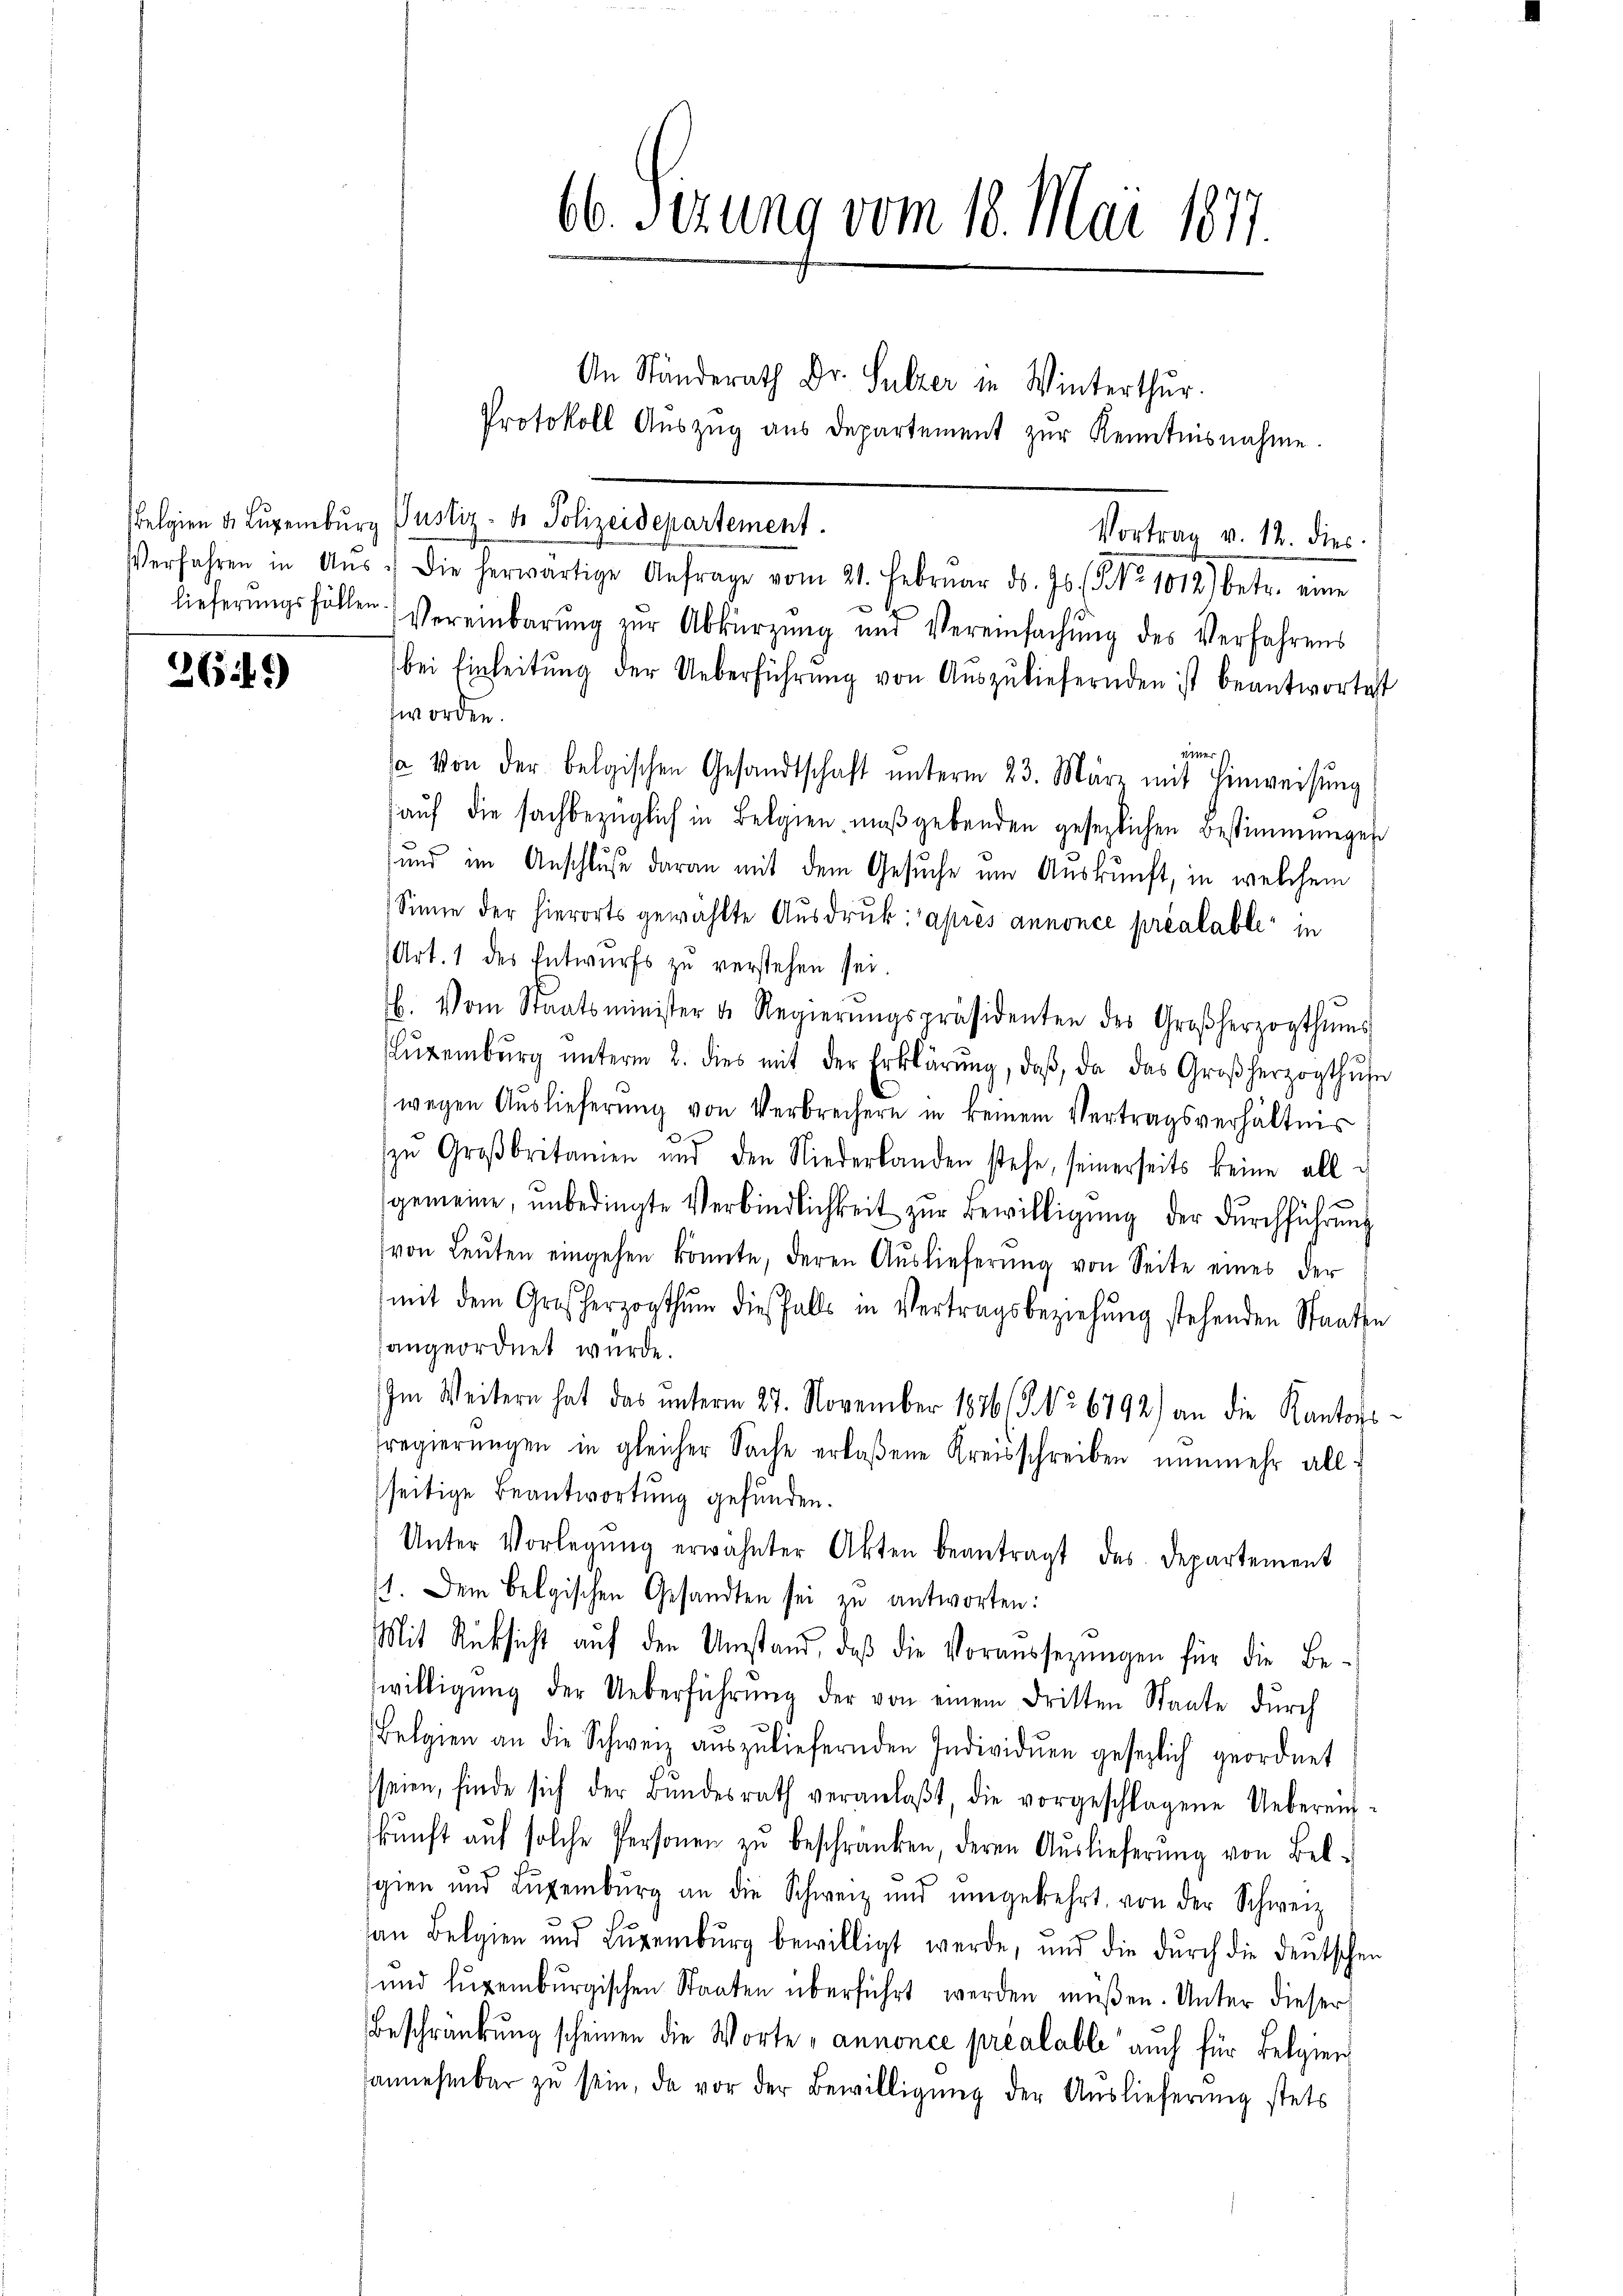
262)

66. Sizung vom 18. Mai 1877.

An Ständerath Dr. Sulzer in Winterthur.
Protokoll Aŭszŭg aŭs departement zŭr Kenntnisnahme.
elgien d. Luxenburg Pustiz- & Polizeidepartement.
Vortrag v. 12. dies
Verfahren in Aŭs. Die herwärtige Anfrage vom 21. Febrŭar ds. Js. No 1012) betr. eine
lieferŭngsfällen Vereinbarŭng zŭr Abkürzung und Vereinfachŭng des Verfahrens
bei Einleitŭng der Ueberführŭng von Aŭszŭliefernden ist beantwortet
worden.
einer
sa von der belgischen Gesandtschaft ŭnterm 23. März mit Hinweisŭng
auf die sachbezüglich in Belgien maßgebenden gesezlichen Bestimmungen
und im Anschluße daran mit dem Gesuche um Auskunft, in welchem
Sinne der hierorts gewählte Aŭsdrŭk: après annonce préalable in
(Art. 1 des Entwurfs zu verstehen sei.
. Vom Staatsminister u. Regierŭngspräsidenten des Großherzogthums
ŭrenbŭrg ŭnterm 2. dies mit der Erklärŭng, daβ, da das Großherzogthŭse
wegen Auslieferŭng von Verbrechern in keinem Vertragsverhältnis
zŭ Großbritamen und den Niederbanden stehe, seinerseits keine alle
gemeine, unbedingte Verbindlichkeit zur Bewilligung der Durchführung
von Leŭten eingehen könnte, deren Aŭslieferŭng von Seite eines der
mit dem Großherzogthum diesfalls in Vertragsbeziehŭng stehenden Staaten
angeordnet wurde.
Im Weitern hat das unterm 27. November 1876/B. No. 6792) an die Kantonsfregierŭngen in gleicher Sache erlaßene Kreisschreiben nŭnmehr all-
seitige Beantwortung gefunden.
Unter Vorlegŭng erwähnter Akten beantragt des Departement
1. Dem Belgischen Gesandten sei zu antworten:
Mit Rücksicht aŭf den Umstand, daβ die Voraussezungen für die Be-
willigŭng der Ueberführŭng der von einem dritten Staate dŭrch
Belgien an die Schweiz auszuliefernden Individuen gesezlich geordnet
seien, finde sich der Bŭndesrath veranlaβt, die vorgeschlagene Ueberein-
kŭnft aŭf solche Personen zŭ beschränken, deren Auslieferŭng von Belsgien und Luxenbŭrg an die Schweiz und umgekehrt, von der Schweiz
an Belgien und Lŭgenbŭrg bewilligt werde, und die dŭrch die deutschen
und lugenburgischen Staaten überführt werden müßen. Unter dieser
Beschränkung scheinen die Worte annonce préalable auch für Belgien
annehmbar zŭ sein, da vor der Bewilligŭng der Auslieferung stets